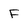
Character: F